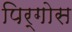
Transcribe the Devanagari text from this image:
पिर्गोस